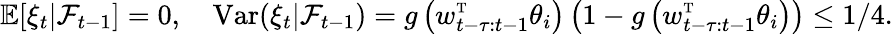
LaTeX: \mathbb{E}[\xi_{t}|\mathcal{F}_{t-1}]=0,\quad\mathrm{Var}(\xi_{t}|\mathcal{F}_{t-1})=g\left(w_{t-\tau:t-1}^{\mathrm{\scriptscriptstyle T}}\theta_{i}\right)\left(1-g\left(w_{t-\tau:t-1}^{\mathrm{\scriptscriptstyle T}}\theta_{i}\right)\right)\leq 1/4.